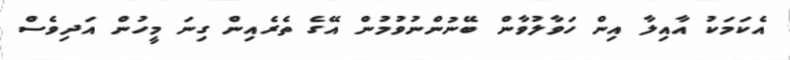
އެކަމަކު އާއިލާ އިން ހަވާލުވާން ބޭނުންނުވުމުން އޭގެ ތެރެއިން ގިނަ މީހުން އަދިވެސް